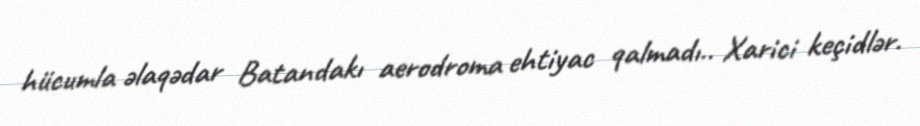
hücumla əlaqədar Batandakı aerodroma ehtiyac qalmadı.. Xarici keçidlər.